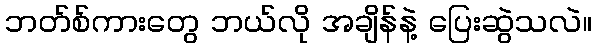
ဘတ်စ်ကားတွေ ဘယ်လို အချိန်နဲ့ ပြေးဆွဲသလဲ။